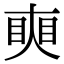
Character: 𥇛